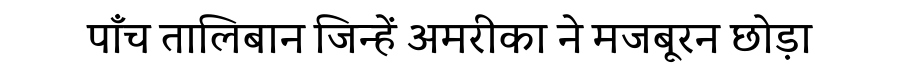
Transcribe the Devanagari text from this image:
पाँच तालिबान जिन्हें अमरीका ने मजबूरन छोड़ा